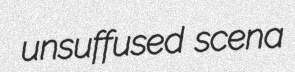
unsuffused scena